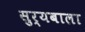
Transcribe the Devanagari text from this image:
सुर्यबाला